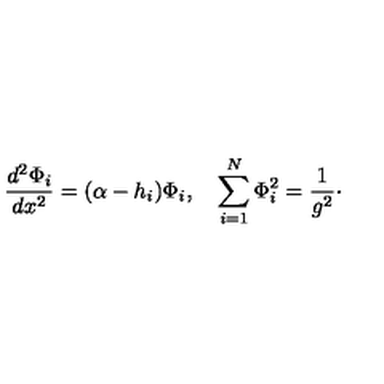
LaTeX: { \frac { d ^ { 2 } \Phi _ { i } } { d x ^ { 2 } } } = ( \alpha - h _ { i } ) \Phi _ { i } , \quad \sum _ { i = 1 } ^ { N } \Phi _ { i } ^ { 2 } = { \frac { 1 } { g ^ { 2 } } } \cdotp